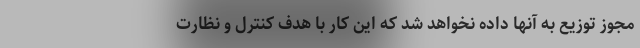
مجوز توزیع به آنها داده نخواهد شد که این کار با هدف کنترل و نظارت